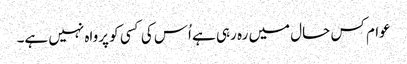
عوام کس حال میں رہ رہی ہے اُس کی کسی کو پرواہ نہیں ہے۔